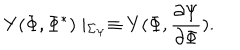
Y ( \Phi , \Phi ^ { \ast } ) \mid _ { \Sigma _ { \Psi } } \equiv Y ( \Phi , \frac { \partial \Psi } { \partial \Phi } ) .